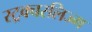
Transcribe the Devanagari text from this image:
स्ट्रक्चरलिज्म